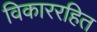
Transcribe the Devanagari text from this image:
विकाररहित